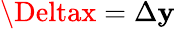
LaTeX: \Deltax=\Delta\mathbf{y}